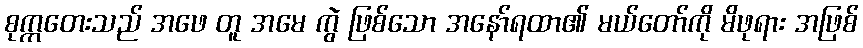
စုက္ကတေးသည် အဖေ တူ အမေ ကွဲ ဖြစ်သော အနော်ရထာ၏ မယ်တော်ကို မိဖုရား အဖြစ်